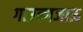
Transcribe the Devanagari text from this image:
गाउन्गजाऊ